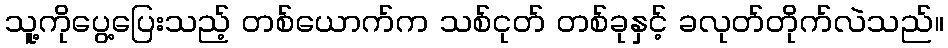
သူ့ကိုပွေ့ပြေးသည့် တစ်ယောက်က သစ်ငုတ် တစ်ခုနှင့် ခလုတ်တိုက်လဲသည်။